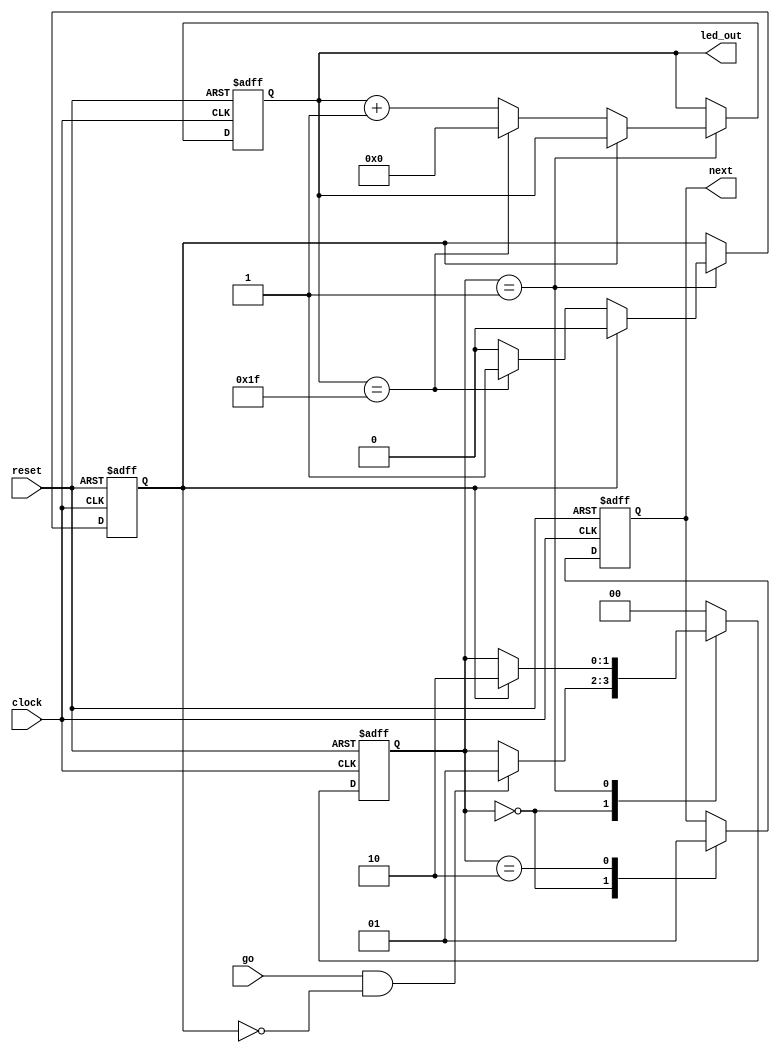
module counter #(
    parameter BACKWARDS = 1'b0
)(
    input            clock,
    input            go,
    input            reset,
    output reg       next,
    output reg [4:0] led_out
);

    localparam STATE_IDLE = 2'd0;
    localparam STATE_START = 2'd1;
    localparam STATE_DONE = 2'd2;
    localparam TARGET = (BACKWARDS) ? 5'd1 : 5'd31;

    reg [1:0] state;
    reg done = 1'b0;

    // Execute on rising edge of clock or reset
    always @ (posedge clock or posedge reset) begin
        // Reset LED's to 0 if reset button pressed
        if (reset == 1'b1) begin
            state <= STATE_IDLE;
            next <= 1'b0;
        // Else add 1 to LED 
        end else begin
            case(state)
                STATE_IDLE: begin
                    next <=1'b0;
                    if (go == 1'b1 && done == 1'b0) begin
                        state <= STATE_START;
                    end
                end
                STATE_START: begin
                    if (done == 1'b1) state <= STATE_DONE;
                end
                STATE_DONE: begin
                    next <= 1'b1;
                    state <= STATE_IDLE;
                end
                default: state <= STATE_IDLE;
            endcase
        end
    end

    always @(posedge clock or posedge reset) begin
        if (reset == 1'b1) begin
            led_out <= 5'b0;
            done <= 1'b0;
        end else begin
            case(state)
                STATE_START: begin
                    if (done == 1'b0) begin
                        if (BACKWARDS == 1'b0) begin
                            led_out <= led_out + 1'b1;
                        end else begin
                            led_out <= led_out - 1'b1;
                        end
                        if (led_out == TARGET) begin
                            led_out <= 5'b0;
                            done <= 1'b1;
                        end
                    end else begin
                        done <= 1'b0;
                    end
                end
            endcase
        end
    end
endmodule